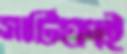
সার্টিফাই